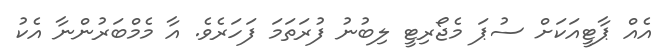
އެއް ޕާޓީއަކަށް ސުޕަަ މެޖޯރިޓީ ލިބުނު ފުރަތަމަ ފަހަރެވެ. އާ މެމްބަަރުންނާ އެކު